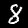
Digit: 8